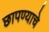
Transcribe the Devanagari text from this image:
छापण्याचे